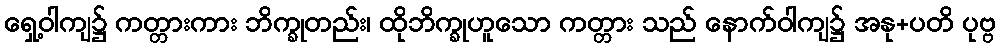
ရှေ့ဝါကျ၌ ကတ္တားကား ဘိက္ခုတည်း၊ ထိုဘိက္ခုဟူသော ကတ္တား သည် နောက်ဝါကျ၌ အနု+ပတိ ပုဗ္ဗ